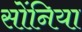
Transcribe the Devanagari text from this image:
सोंनिया